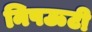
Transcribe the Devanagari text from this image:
निपऊटी